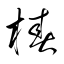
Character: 椿